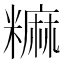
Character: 𫃎